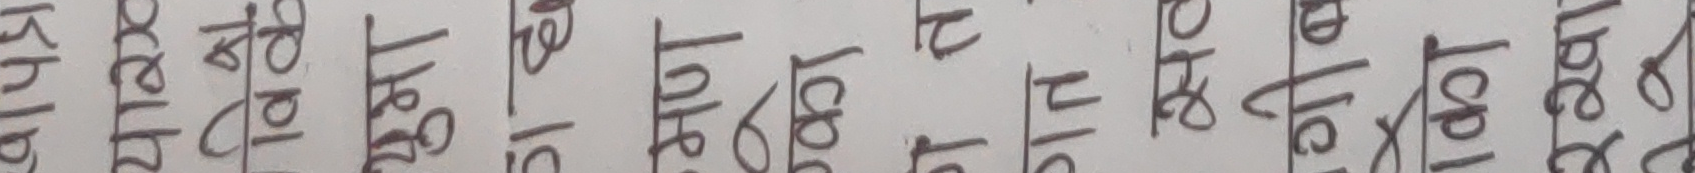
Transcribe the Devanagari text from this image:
खरिप छोटो र छिटो